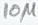
Text: 10µ